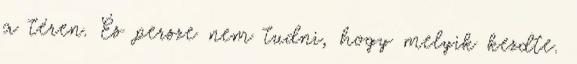
a téren. És persze nem tudni, hogy melyik kezdte.